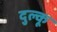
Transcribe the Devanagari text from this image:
दुल्कू